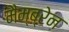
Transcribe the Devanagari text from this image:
मैम्ब्रेन